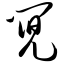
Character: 阋